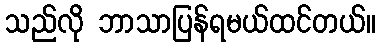
သည်လို ဘာသာပြန်ရမယ်ထင်တယ်။